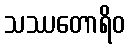
သဿတောရိဝ